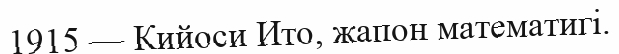
1915 — Кийоси Ито, жапон математигі.